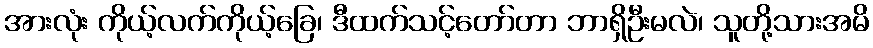
အားလုံး ကိုယ့်လက်ကိုယ့်ခြေ၊ ဒီထက်သင့်တော်တာ ဘာရှိဦးမလဲ၊ သူတို့သားအမိ